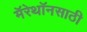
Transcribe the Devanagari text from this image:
मॅरेथॉनसाठी